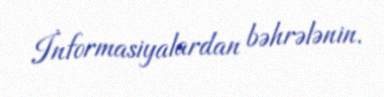
İnformasiyalardan bəhrələnin.